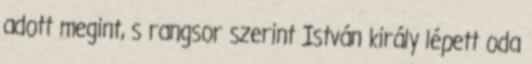
adott megint, s rangsor szerint István király lépett oda